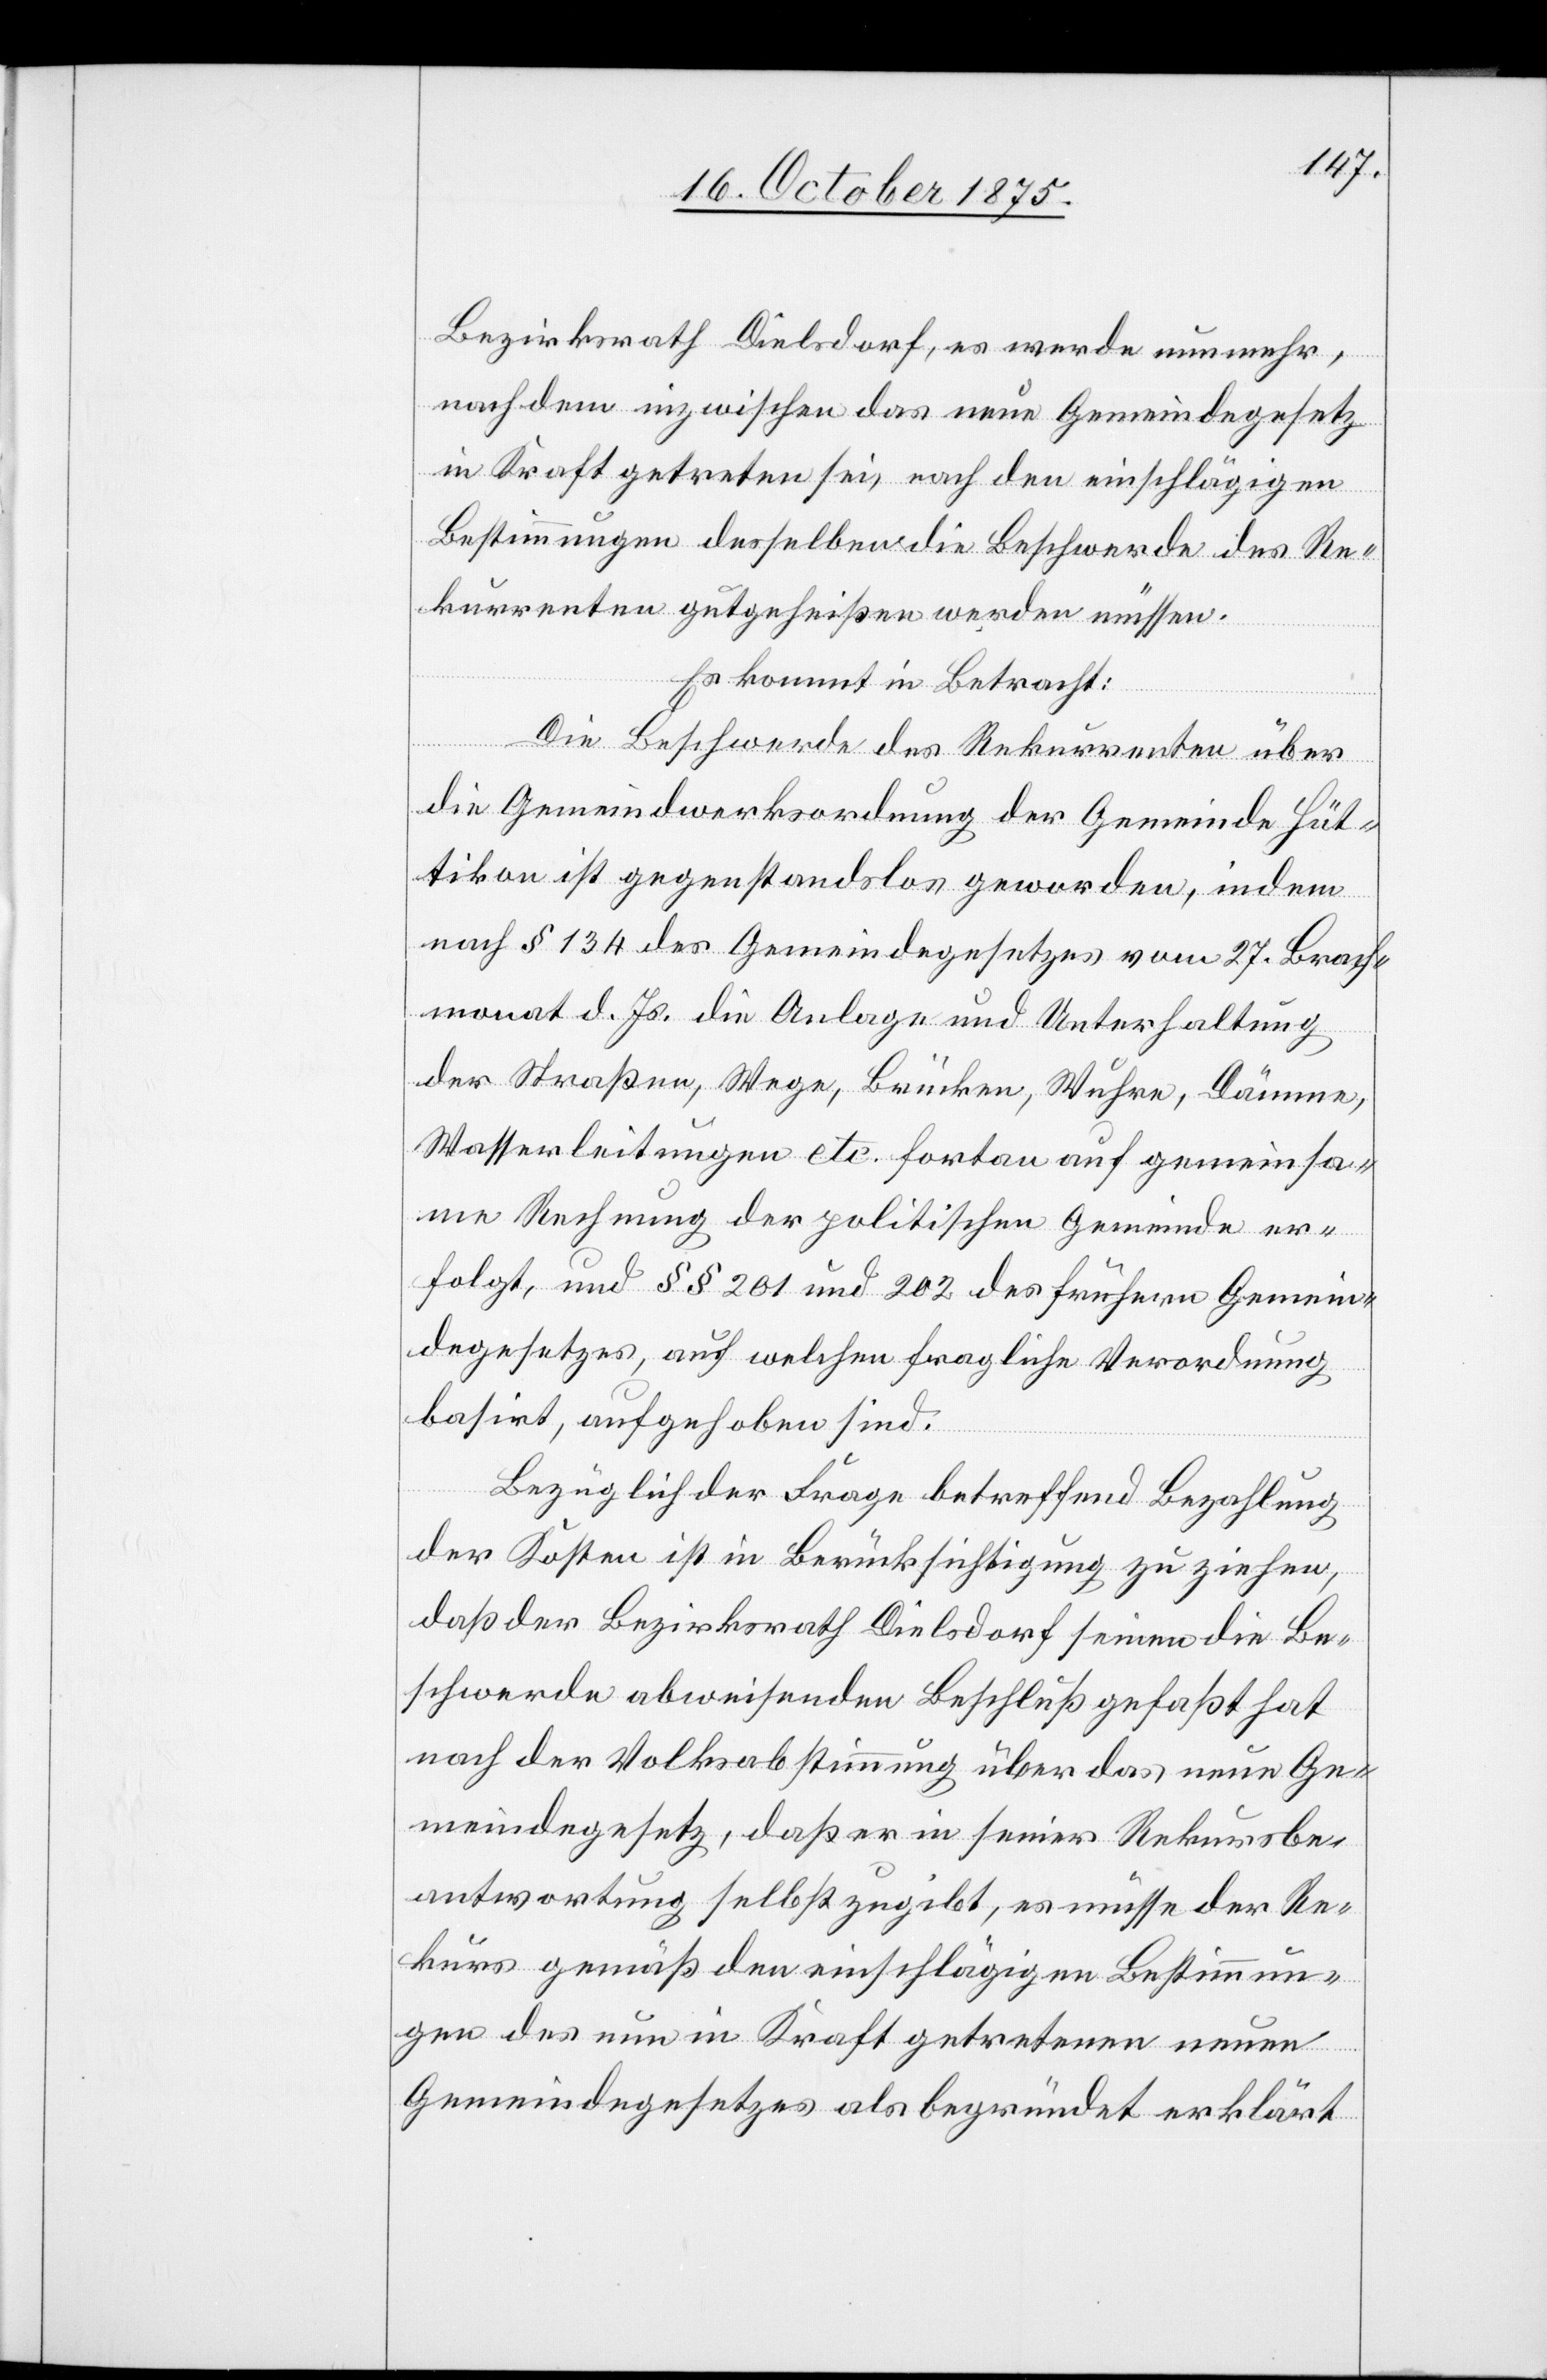
Bezirksrath Dielsdorf, es werde nunmehr,
nachdem inzwischen das neue Gemeindegesetz
in Kraft getreten sei, nach den einschlägigen
Bestimmungen desselben die Beschwerde des Re¬
kurrenten gutgeheißen werden müssen.
Es kommt in Betracht:
Die Beschwerde des Rekurrenten über
die Gemeindwerksordnung der Gemeinde Hüt¬
tikon ist gegenstandslos geworden, indem
nach § 134 des Gemeindegesetzes vom 27. Brach¬
monat d. Js. die Anlage und Unterhaltung
der Straßen, Wege, Brücken, Wuhre, Dämme,
Wasserleitungen etc. fortan auf gemeinsa¬
me Rechnung der politischen Gemeinde er¬
folgt, und §§ 201 und 202 des frühern Gemein¬
degesetzes, auf welchen fragliche Verordnung
basirt, aufgehoben sind.
Bezüglich der Frage betreffend Bezahlung
der Kosten ist in Berücksichtigung zu ziehen,
daß der Bezirksrath Dielsdorf seinen die Be¬
schwerde abweisenden Beschluß gefaßt hat
nach der Volksabstimmung über das neue Ge¬
meindegesetz, daß er in seiner Rekursbe¬
antwortung selbst zugibt, es müsse der Re¬
kurs gemäß den einschlägigen Bestimmun¬
gen des nun in Kraft getretenen neuen
Gemeindegesetzes als begründet erklärt